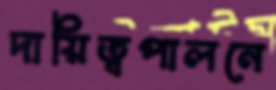
দায়িত্বপালনে